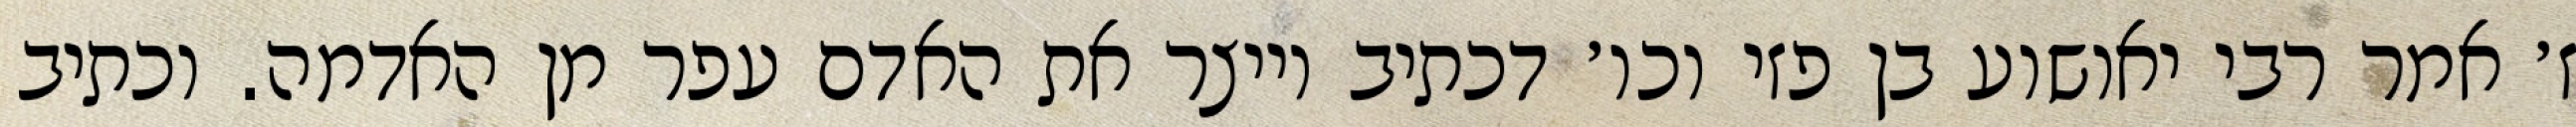
ז׳ אמר רבי יאושוע בן פזי וכו׳ דכתיב וייצר את האדם עפר מן האדמה. וכתיב